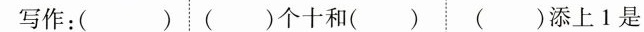
1.写作：( ) ( )个十和( ) ( )添上1是